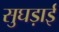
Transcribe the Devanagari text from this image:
सुघड़ाई